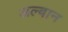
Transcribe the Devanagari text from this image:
अल्बान